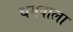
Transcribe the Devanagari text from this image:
धमवाला